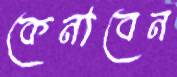
কেনাবেন